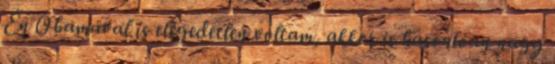
Én Obamával is elégedetlen voltam, akkor is hasonlóan nagy